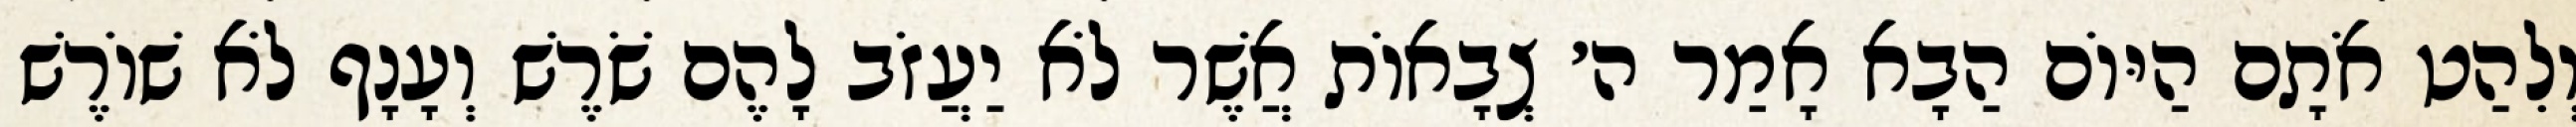
וְלִהַט אֹתָם הַיּוֹם הַבָא אָמַר ה׳ צְבָאוֹת אֲשֶׁר לֹא יַעֲזֹב לָהֶם שֹׁרֶשׁ וְעָנָף לֹא שׁוֹרֶשׁ